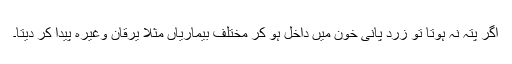
اگر پِتہ نہ ہوتا تو زَرد پانی خون میں داخل ہو کر مختلف بیماریاں مثلًا یرقان وغیرہ پیدا کر دیتا۔